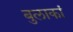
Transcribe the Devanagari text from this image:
बुलाकां